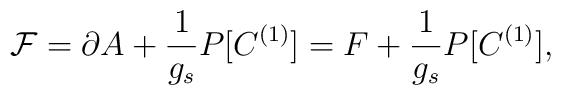
{\cal F} = \partial A + \frac{1}{g_s}P[C^{(1)}]=F+\frac{1}{g_s}P[C^{(1)}] ,